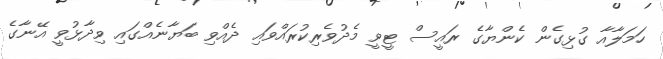
ހަމަލާއާ ގުޅިގެން ކެންޔާގެ ރައީސް ޓީވީ މެދުވެރިކުރައްވައި ދެއްވި ބަޔާނެއްގައި ވިދާޅުވީ އޭނާގެ